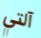
آلتي